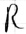
Text: R